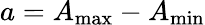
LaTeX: a=A_{\operatorname*{max}}-A_{\operatorname*{min}}